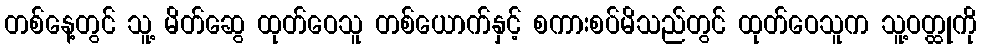
တစ်နေ့တွင် သူ့ မိတ်ဆွေ ထုတ်ဝေသူ တစ်ယောက်နှင့် စကားစပ်မိသည်တွင် ထုတ်ဝေသူက သူ့ဝတ္ထုကို